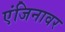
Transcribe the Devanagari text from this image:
एंजिनावर